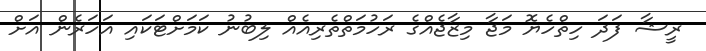
ރީޝާ ފަދަ ހިތްހެޔޮ މަޖާ މިޒާޖެއްގެ ރަހުމަތްތެރިއެއް ލިބުނު ކަމަށްޓަކައި އަހަރެން އަށް